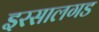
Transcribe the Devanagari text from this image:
इरसालगड